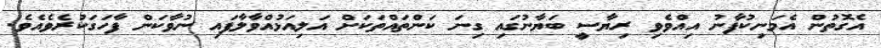
އެގޮތުން އެމަނިކުފާނު އިއްވެވި ރިޔާސީ ބަޔާނުގައި ގިނަ ކަންތައްތަކަށް އަލިއަޅުއްވާލާފައި ނުވާކަން ފާހަގަކުރެވެއެވެ.